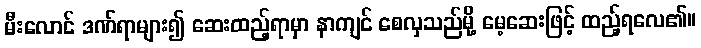
မီးလောင် ဒဏ်ရာများ၍ ဆေးထည့်ရာမှာ နာကျင် စေလှသည်မို့ မေ့ဆေးဖြင့် ထည့်ရလေ၏။